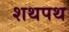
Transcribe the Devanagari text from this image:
शथपथ